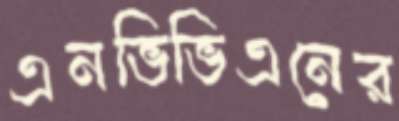
এনভিভিএনের